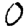
Digit: 0